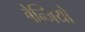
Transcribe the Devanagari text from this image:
बेन्जियो